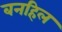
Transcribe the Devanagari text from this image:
बनहिल